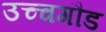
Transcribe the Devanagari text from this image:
उच्चगौड